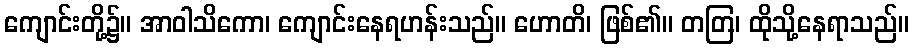
ကျောင်းတို့၌။ အာဝါသိကော၊ ကျောင်းနေရဟန်းသည်။ ဟောတိ၊ ဖြစ်၏။ တတြ၊ ထိုသို့နေရာသည်။